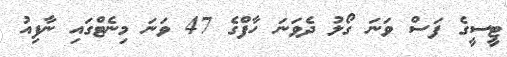
ޓީސީގެ ފަސް ވަނަ ގޯލު ދެވަނަ ހާފްގެ 47 ވަނަ މިނެޓްގައި ނާފިއު